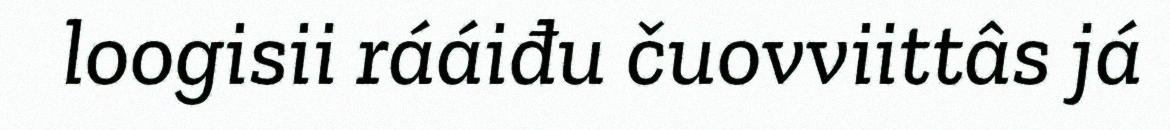
loogisii rááiđu čuovviittâs já